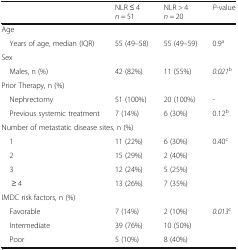
<table><thead><tr><td>[EMPTY_CELL]</td><td><b>NLR ≤ 4<i>n</i> = 51</b></td><td><b>NLR &gt; 4<i>n</i> = 20</b></td><td><b><i>P</i>-value</b></td></tr></thead><tbody><tr><td colspan="4">Age</td></tr><tr><td> Years of age, median (IQR)</td><td>55 (49–58)</td><td>55 (49–59)</td><td>0.9<sup>a</sup></td></tr><tr><td colspan="4">Sex</td></tr><tr><td> Males, n (%)</td><td>42 (82%)</td><td>11 (55%)</td><td><i>0.021</i><sup>b</sup></td></tr><tr><td colspan="4">Prior Therapy, n (%)</td></tr><tr><td> Nephrectomy</td><td>51 (100%)</td><td>20 (100%)</td><td>-</td></tr><tr><td> Previous systemic treatment</td><td>7 (14%)</td><td>6 (30%)</td><td>0.12<sup>b</sup></td></tr><tr><td colspan="4">Number of metastatic disease sites, n (%)</td></tr><tr><td> 1</td><td>11 (22%)</td><td>6 (30%)</td><td rowspan="4">0.40<sup>c</sup></td></tr><tr><td> 2</td><td>15 (29%)</td><td>2 (40%)</td></tr><tr><td> 3</td><td>12 (24%)</td><td>5 (25%)</td></tr><tr><td>≥ 4</td><td>13 (26%)</td><td>7 (35%)</td></tr><tr><td colspan="4">IMDC risk factors, n (%)</td></tr><tr><td> Favorable</td><td>7 (14%)</td><td>2 (10%)</td><td rowspan="2"><i>0.013</i><sup>c</sup></td></tr><tr><td> Intermediate</td><td>39 (76%)</td><td>10 (50%)</td></tr><tr><td> Poor</td><td>5 (10%)</td><td>8 (40%)</td><td>[EMPTY_CELL]</td></tr></tbody></table>